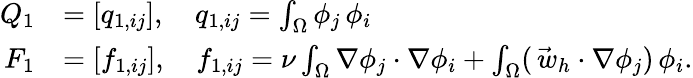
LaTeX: \begin{array}{rl}{Q_{1}}&{=[q_{1,ij}],{\quad}q_{1,ij}=\int_{\Omega}\phi_{j}\, \phi_{i}}\\ {F_{1}}&{=[f_{1,ij}],\quad f_{1,ij}=\nu\int_{\Omega}\nabla\phi_{j}\cdot\nabla\phi_{i}+\int_{\Omega}(\vec{\, w}_{h}\cdot\nabla\phi_{j})\, \phi_{i}.}\end{array}